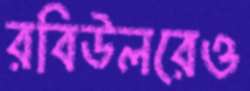
রবিউলরেও